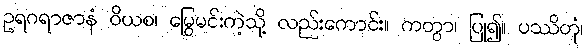
ဥရဂရာဇာနံ ဝိယစ၊ မြွေမင်းကဲ့သို့ လည်းကောင်း။ ကတွာ၊ ပြု၍။ ပဿိတုံ၊